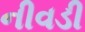
નીવડી